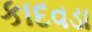
કાદવડા